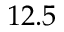
1 2 . 5